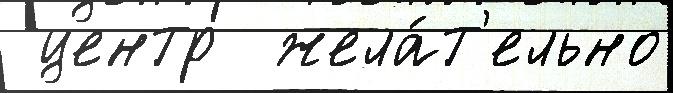
 центр  жела́т'ельно